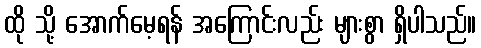
ထို သို့ အောက်မေ့ရန် အကြောင်းလည်း များစွာ ရှိပါသည်။